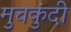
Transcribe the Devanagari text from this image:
मुचकुंदी